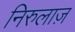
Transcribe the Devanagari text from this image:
निरुलाज़